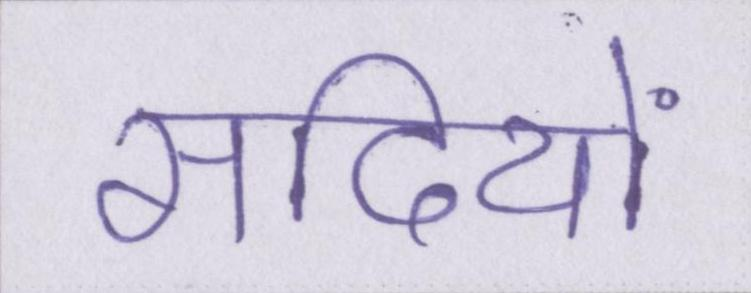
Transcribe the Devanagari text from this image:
सदियों